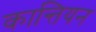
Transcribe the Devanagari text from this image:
कान्तियन